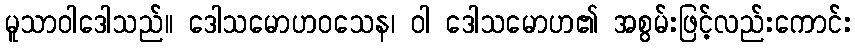
မူသာဝါဒေါသည်။ ဒေါသမောဟဝသေန၊ ဝါ ဒေါသမောဟ၏ အစွမ်းဖြင့်လည်းကောင်း